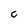
Character: C